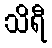
သိရီ